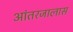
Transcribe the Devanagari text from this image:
आंतरजालास